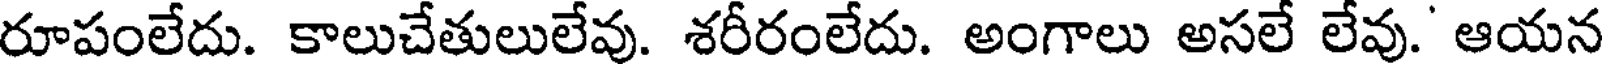
రూపంలేదు. కాలుచేతులులేవు. శరీరంలేదు. అంగాలు అసలే లేవు.' ఆయన